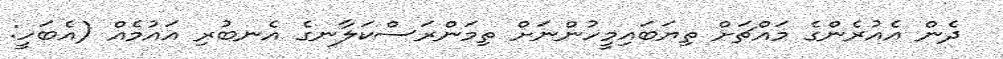
ދެން އެއުރެންގެ މައްޗަށް ތިޔަބައިމީހުންނަށް ތިމަންރަސްކަލާނގެ އެނބުރި އައުމެއް (އެބަހީ: